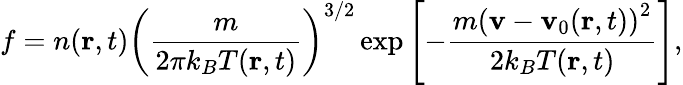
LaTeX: f=n(\mathbf{r},t)\left({\frac{m}{2\pi k_{B}T(\mathbf{r},t)}}\right)^{3/2}\exp\left[-{\frac{m\left(\mathbf{v}-\mathbf{v}_{0}(\mathbf{r},t)\right)^{2}}{2k_{B}T(\mathbf{r},t)}}\right],